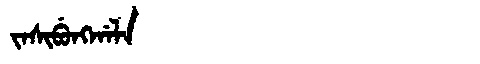
Manchu: ᠵᠠᠰᡳᠪᡠᠩᡤᠠᠯᠠ
Romanization: JASIBUNGGALA